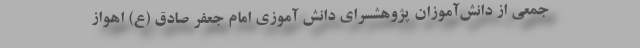
جمعی از دانش‌آموزان پژوهشسرای دانش آموزی امام جعفر صادق (ع) اهواز